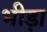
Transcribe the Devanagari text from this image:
भीड़ा